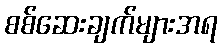
စစ်ဆေးချက်များအရ